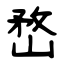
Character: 嵍